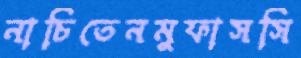
নাচিতেনমুফাসসি